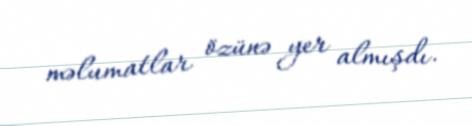
məlumatlar özünə yer almışdı.